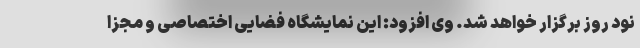
نود روز برگزار خواهد شد. وی افزود: این نمایشگاه فضایی اختصاصی و مجزا